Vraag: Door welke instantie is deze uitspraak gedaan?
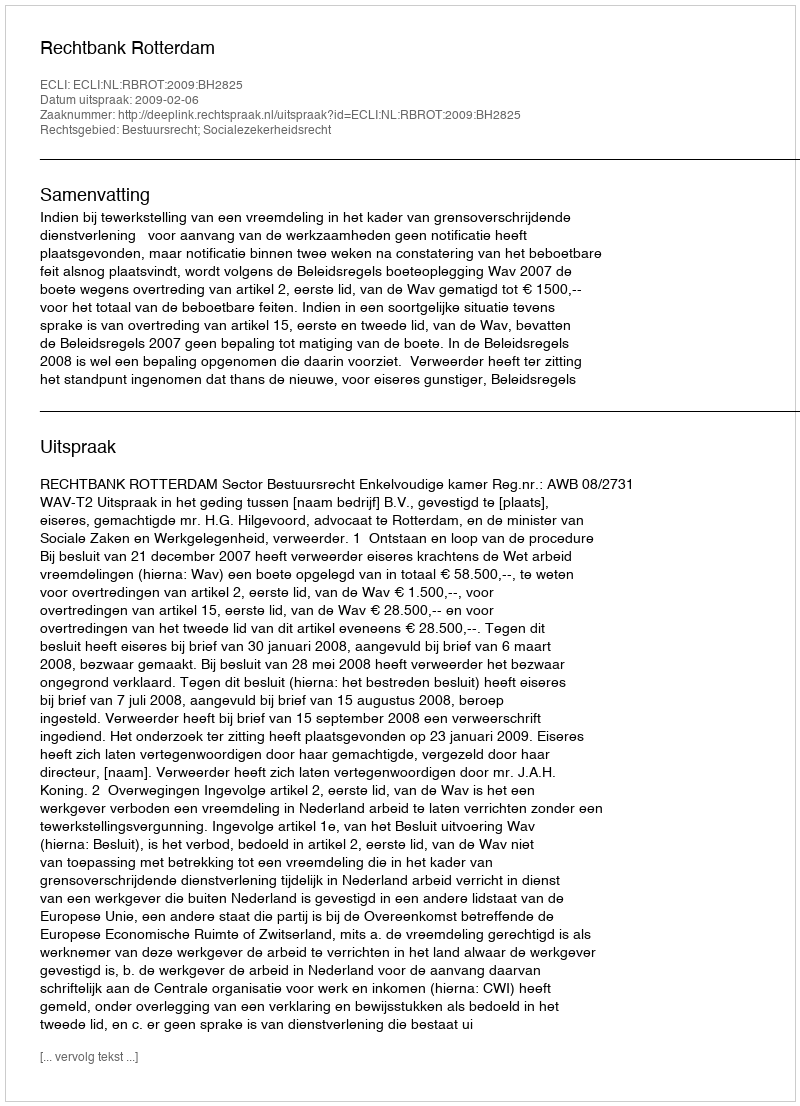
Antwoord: Rechtbank Rotterdam